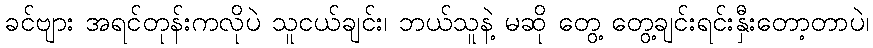
ခင်ဗျား အရင်တုန်းကလိုပဲ သူငယ်ချင်း၊ ဘယ်သူနဲ့ မဆို တွေ့ တွေ့ချင်းရင်းနှီးတော့တာပဲ၊